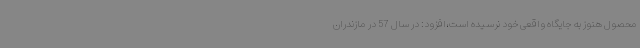
محصول هنوز به جایگاه واقعی خود نرسیده است،افزود: در سال 57 در مازندران